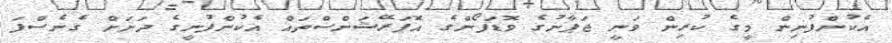
އެކުންފުނިން މީގެ ކުރިން ވަނީ ޖަޕާނުގެ ވޮޑަފޯންގެ އޮޕަރޭޝަންސްތައް އެކުންފުނީގެ ދަށަށް ގެނެސްފަ